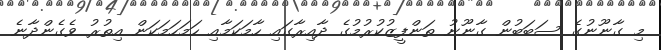
މި ގާނޫނުގެ ސަބަބުން ގާނޫނު ތަންފީޒުކުރުމުގެ ދާއިރާގައި ހާމަކަމާއި ހަމަހަމަކަން އިތުރު ވެގެންދާނެ